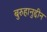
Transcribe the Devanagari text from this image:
बुरुहानुद्दीन